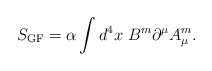
\begin{align*}S_{\rm GF}=\alpha\int d^4x\;B^m\partial^\mu A^m_\mu.\end{align*}